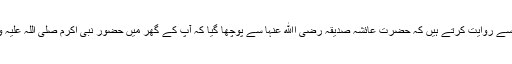
''حضرت جعفر بن محمد اپنے والد سے روایت کرتے ہیں کہ حضرت عائشہ صدیقہ رضی اﷲ عنہا سے پوچھا گیا کہ آپ کے گھر میں حضور نبی اکرم صلی اللہ علیہ وآلہ وسلم کا بستر مبارک (کیا) تھا؟